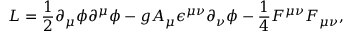
{ \cal L } = { \frac { 1 } { 2 } } \partial _ { \mu } \phi \partial ^ { \mu } \phi - g A _ { \mu } \epsilon ^ { \mu \nu } \partial _ { \nu } \phi - { \frac { 1 } { 4 } } F ^ { \mu \nu } F _ { \mu \nu } ,